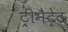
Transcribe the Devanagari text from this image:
ट्रीनैट्रेट